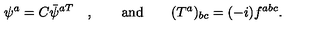
\psi ^ { a } = C \bar { \psi } ^ { a T } \quad , \qquad \mathrm { a n d } \qquad ( T ^ { a } ) _ { b c } = ( - i ) f ^ { a b c } .